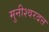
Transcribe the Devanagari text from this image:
मुनीश्वरदत्त